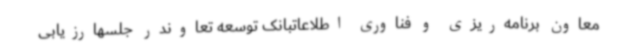
معاون برنامه‌ریزی و فناوری اطلاعاتبانک توسعه تعاوندر جلسهارزیابی